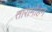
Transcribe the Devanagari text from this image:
तारामोहन